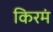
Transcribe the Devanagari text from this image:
किरमं